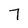
Character: 7